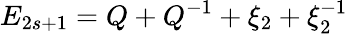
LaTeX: E_{2s+1}=Q+Q^{-1}+\xi_{2}+\xi_{2}^{-1}